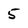
Character: 5